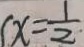
( x = \frac { 1 } { 2 }